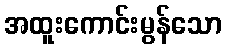
အထူးကောင်းမွန်သော